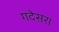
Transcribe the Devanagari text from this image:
गदेसरा